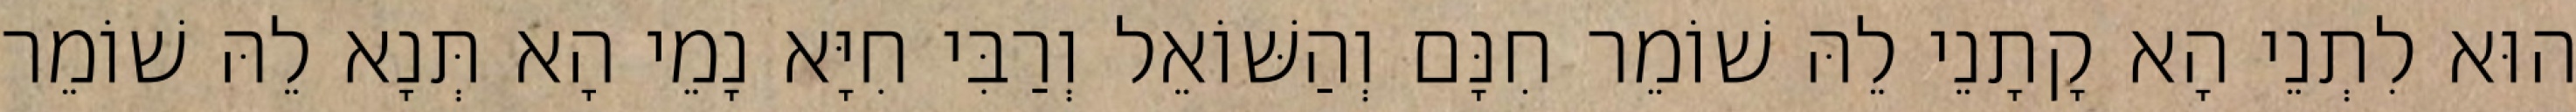
הוּא לִתְנֵי הָא קָתָנֵי לֵהּ שׁוֹמֵר חִנָּם וְהַשּׁוֹאֵל וְרַבִּי חִיָּא נָמֵי הָא תְּנָא לֵהּ שׁוֹמֵר